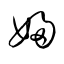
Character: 婦